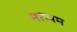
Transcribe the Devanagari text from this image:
नाप्पम